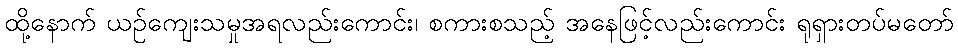
ထို့နောက် ယဉ်ကျေးသမှုအရလည်းကောင်း၊ စကားစသည့် အနေဖြင့်လည်းကောင်း ရုရှားတပ်မတော်